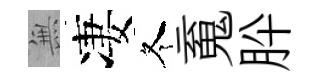
𭴾凄冬䰟肸